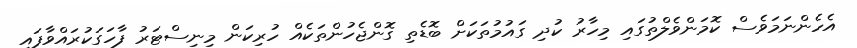
އެހެންނަމަވެސް ކޮމަންވެލްތުގައި މިހާރު ކުދި ގައުމުތަކަށް ބޮޑެތި ގޮންޖެހުންތަކެއް ހުރިކަން މިނިސްޓަރު ފާހަގަކުރައްވާފައި